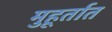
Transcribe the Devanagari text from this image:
मुहूर्तात